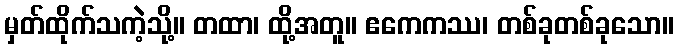
မှတ်ထိုက်သကဲ့သို့။ တထာ၊ ထို့အတူ။ ဧကေကဿ၊ တစ်ခုတစ်ခုသော။